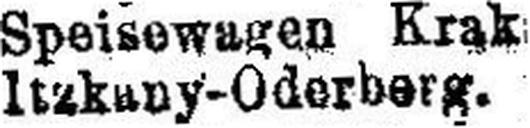
Itzkany - Oderberg.